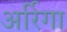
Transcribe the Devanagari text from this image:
अर्रिगा